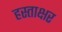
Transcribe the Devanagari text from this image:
हस्‍ताक्षर